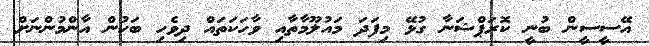
އޭސީސީން ބުނީ ކޮރަޕްޝަނާ ގުޅޭ މިފަދަ މައުލޫމާތާއި ވާހަކަތައް ދިވެހި ބަހުން އާންމުންނަށް